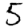
Digit: 5